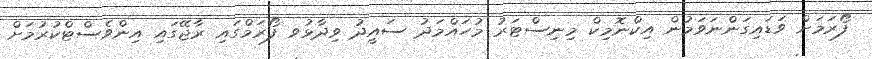
ފޯރަމަށް ވަޑައިގަންނަވަމުން އިކްނޮމިކް މިނިސްޓަރު މުހައްމަދު ސައީދު ވިދާޅުވ ފޯރަމްގައި ރާޖޭގައި އިންވެސްޓްކުުރުމަށް